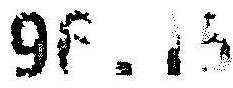
96.15